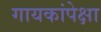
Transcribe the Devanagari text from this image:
गायकांपेक्षा